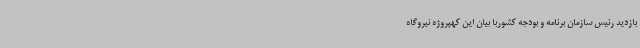
بازدید رئیس سازمان برنامه و بودجه کشوربا بیان این کهپروژه نیروگاه